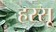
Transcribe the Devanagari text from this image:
हरसू